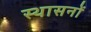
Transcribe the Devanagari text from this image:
स्थासनों